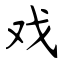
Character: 戏